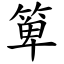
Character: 箄